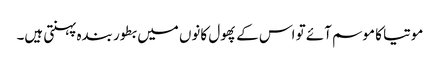
موتیا کا موسم آئے تو اس کے پھول کانوں میں بطور بندہ پہنتی ہیں۔